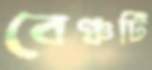
বেঞ্চটি